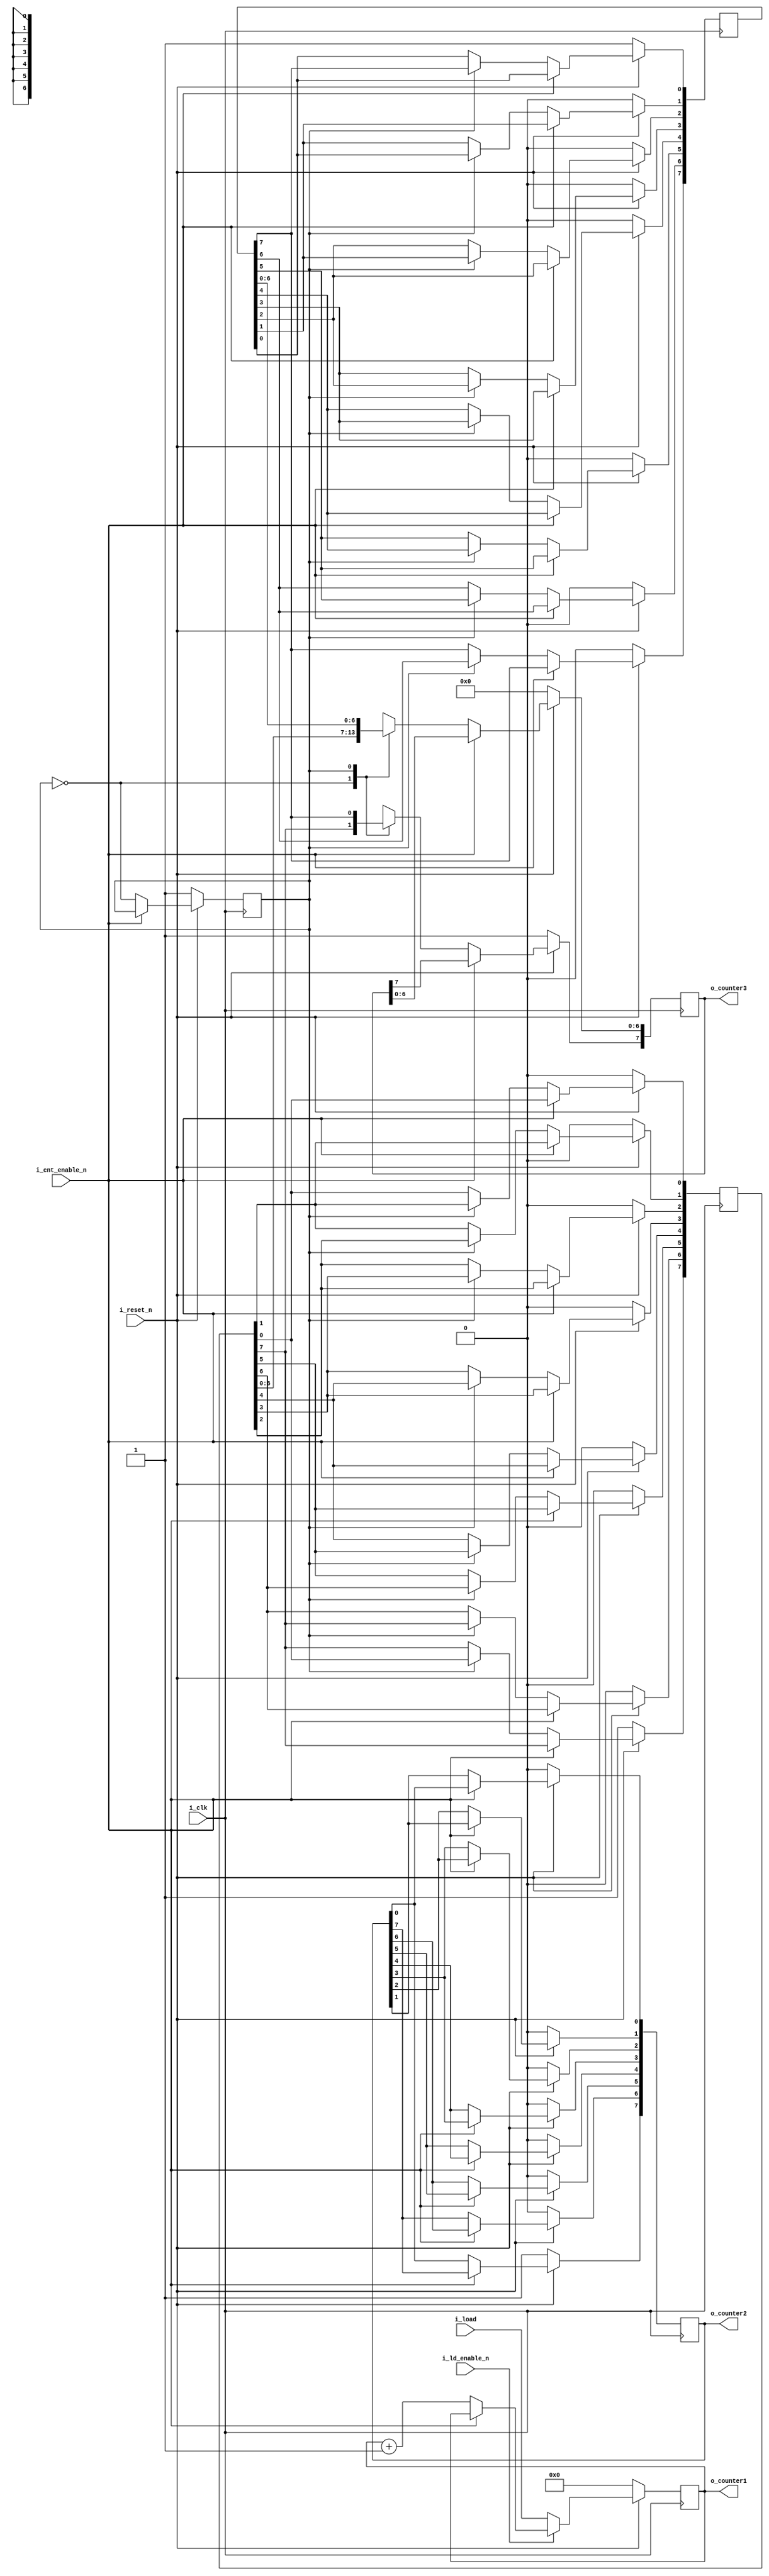
//assignment 6

//4bit binary synchronous counter with negative edge trigger sync, sync load and reset, parallel load of data, active low enable
//scalable 8 bit ring counter that moves from msb to lsb, resets to msb = 1 and others = 0
//alternating up and down ring counters, switches on each clock cycle

module assignment_6#(
parameter word_size = 8)
(
input i_clk,
input i_cnt_enable_n,
input i_reset_n,
input i_ld_enable_n,
input [3:0] i_load,

output reg [3:0] o_counter1,
output reg [word_size-1:0] o_counter2,
output reg [word_size-1:0] o_counter3
	);
integer ii=0;

//part 1 - 4 bit sync counter
always@(negedge i_clk) //run the counter
begin
if(~i_reset_n) o_counter1 <= 4'd0;
else
if(~i_ld_enable_n) o_counter1 <= i_load; //load enable take priority over count enable, to both count and load, do something like
else										//if(~i_ld_enable_n && ~i_cnt_enable_n) o_counter1 <= i_load + 1;
if(~i_cnt_enable_n) o_counter1 <= o_counter1 + 1;
else o_counter1 <= o_counter1;
end

//part 2 scalable ring counter
always@(posedge i_clk) //run the counter
begin
if(~i_reset_n)
begin
o_counter2[word_size-1] = 1;
o_counter2[word_size-2:0] = 0;
end
else
if(~i_cnt_enable_n)
begin
for (ii=0; ii < word_size-1; ii=ii+1) o_counter2[ii] <= o_counter2[ii+1]; //shift over values excluding MSB assignment
o_counter2[word_size-1] <= o_counter2[0]; //assign MSB - move LSB to MSB
end
else o_counter2 <= o_counter2;
end

//part 3 alternating updown ring counter

//2 bit counter where at 0 it outputs ring_down, at 1 it outputs ring_up and then updates the the two counters

reg [word_size-1:0] r_up_ring;
reg [word_size-1:0] r_down_ring;
reg r_ring_toggle;
reg r_reset_dv; //there is a 1 clock cycle hold after a reset that this will remove

always@(posedge i_clk) //run the counter
begin

if(~i_reset_n) 
begin
r_ring_toggle <= 1;
r_down_ring[word_size-1] <= 1;
r_down_ring[word_size-2:0] <= 0;
r_up_ring[0] <= 1;
r_up_ring[word_size-1:1] <= 0;
o_counter3[word_size-1] <= 1;
o_counter3[word_size-2:0] <= 0;
end
else
	if(~i_cnt_enable_n)
	begin
	r_ring_toggle <= ~r_ring_toggle;

	case(r_ring_toggle)
	0:begin
		o_counter3 <= r_down_ring;
	end
	1:begin
	o_counter3 <= r_up_ring;

	for (ii=0; ii < word_size-1; ii=ii+1) r_down_ring[ii] <= r_down_ring[ii+1]; //shift over values excluding MSB assignment
	r_down_ring[word_size-1] <= r_down_ring[0]; //assign MSB - move LSB to MSB

	for (ii=0; ii < word_size-1; ii=ii+1) r_up_ring[ii+1] <= r_up_ring[ii]; 
	r_up_ring[0] <= r_up_ring[word_size-1]; 
	end
	endcase
	end

	else begin 
	r_ring_toggle <= r_ring_toggle;
	o_counter3 <= o_counter3;
	r_down_ring <= r_down_ring;
	r_up_ring <= r_up_ring;
	end

end
endmodule